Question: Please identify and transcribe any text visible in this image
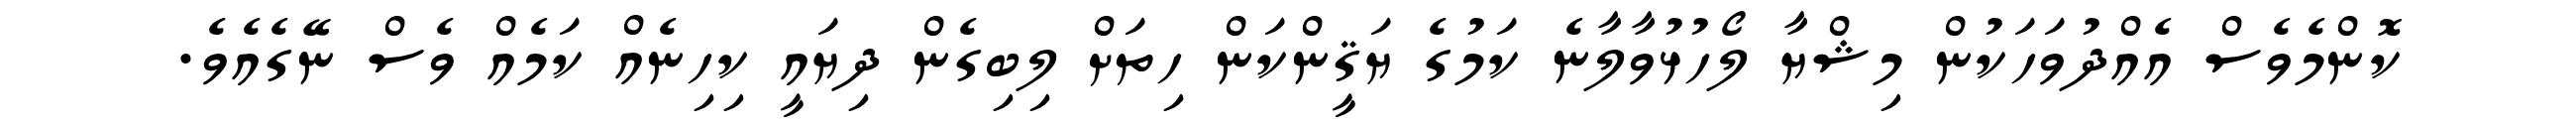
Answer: ކޮންމެވެސް އެއްދުވަހަކުން މިޝްޔާ ލޯހުޅުވާލާނެ ކަމުގެ ޔަޤީންކަން ހިތަށް ލިބިގެން ދިޔައީ ކިހިނެއް ކަމެއް ވެސް ނޭގެއެވެ.